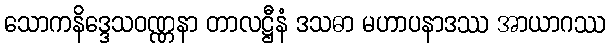
သောကနိဒ္ဒေသဝဏ္ဏနာ တာလဋ္ဌီနံ ဒသဓာ မဟာပနာဒဿ အာယာဂဿ